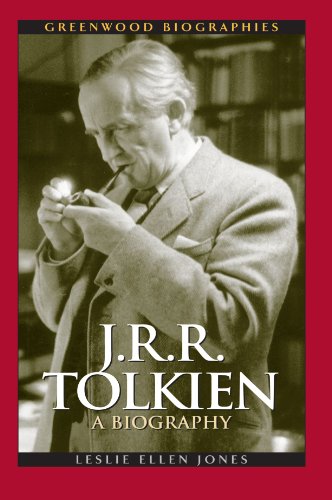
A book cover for J.R.R. Tolkien: A Biography (Greenwood Biographies); Leslie Ellen Jones; Science Fiction & Fantasy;